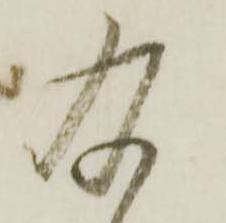
及